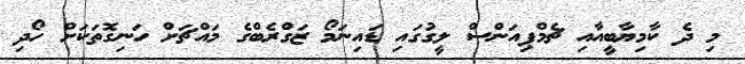
މި ދެ ކާމިޔާބީއާއި ޗެމްޕިއަންސް ލީގުގައި ޑައިނަމޯ ޒަގްރެބްގެ މައްޗަށް ހަނިގޮތަކަށް ހޯދި